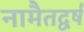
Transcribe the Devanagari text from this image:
नामैतद्वर्ष